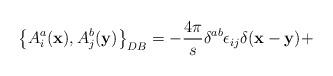
LaTeX: \begin{align*}\left\{A_i^a({\bf x}),A_j^b({\bf y})\right\}_{DB}=-\frac{4\pi}{s}\delta^{ab}\epsilon_{ij}\delta({\bf x}-{\bf y})+\end{align*}